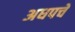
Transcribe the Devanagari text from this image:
अधपचे